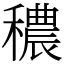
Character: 穠